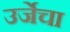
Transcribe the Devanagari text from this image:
उर्जेचा